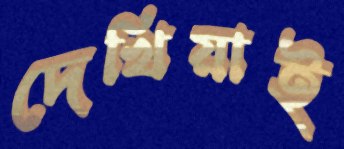
দেখিয়াই